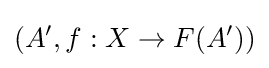
(A',f:X\to F(A'))